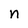
Character: n